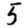
Digit: 5